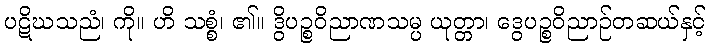
ပဋိဃသညံ၊ ကို။ ဟိ သစ္စံ၊ ၏။ ဒွိပဉ္စဝိညာဏသမ္ပ ယုတ္တာ၊ ဒွေပဉ္စဝိညာဉ်တဆယ်နှင့်